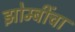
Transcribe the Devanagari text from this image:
झोम्बींचा